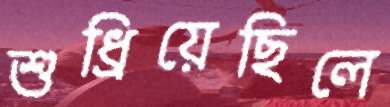
শুধ্‌রিয়েছিলে